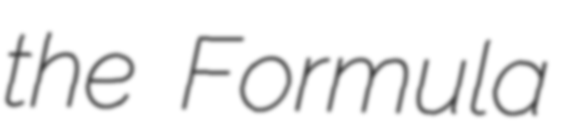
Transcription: the Formula